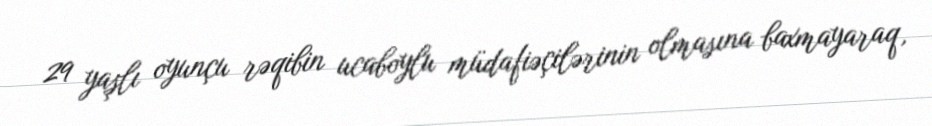
29 yaşlı oyunçu rəqibin ucaboylu müdafiəçilərinin olmasına baxmayaraq,